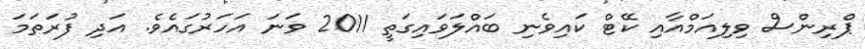
ޕްރިންސް ވިލިއަމްއާއި ކޭޓް ކައިވެނި ބައްލަވައިގަތީ 2011 ވަނަ އަހަރުގައެވެ. އަދި ފުރަތަމަ